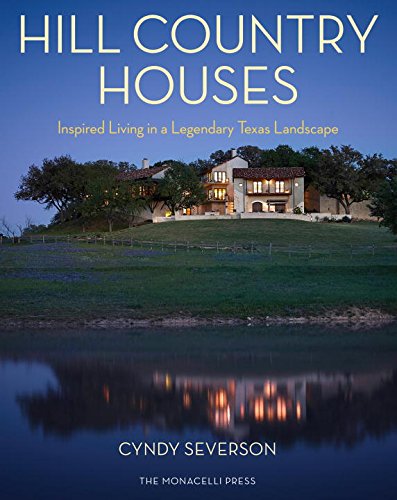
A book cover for Hill Country Houses: Inspired Living in a Legendary Texas Landscape; Cyndy Severson; Arts & Photography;